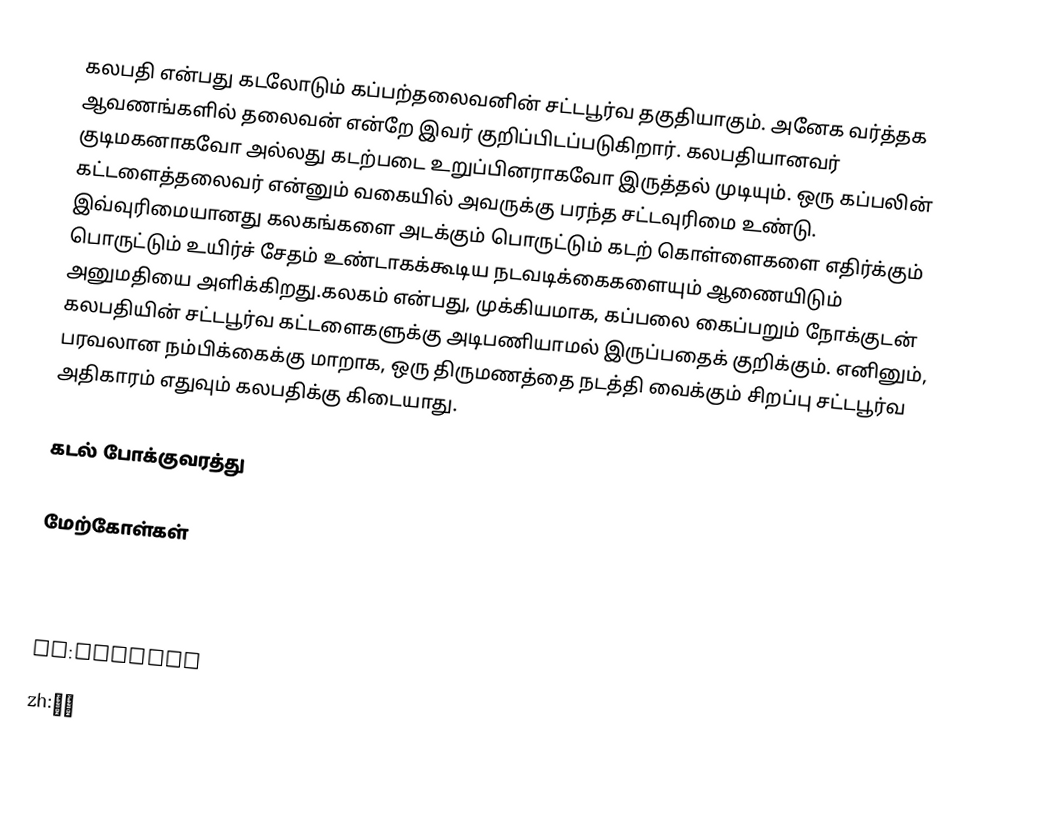
கலபதி என்பது கடலோடும் கப்பற்தலைவனின் சட்டபூர்வ தகுதியாகும். அனேக வர்த்தக ஆவணங்களில் தலைவன் என்றே இவர் குறிப்பிடப்படுகிறார். கலபதியானவர் குடிமகனாகவோ அல்லது கடற்படை உறுப்பினராகவோ இருத்தல் முடியும். ஒரு கப்பலின் கட்டளைத்தலைவர் என்னும் வகையில் அவருக்கு பரந்த சட்டவுரிமை உண்டு. இவ்வுரிமையானது கலகங்களை அடக்கும் பொருட்டும் கடற் கொள்ளைகளை எதிர்க்கும் பொருட்டும் உயிர்ச் சேதம் உண்டாகக்கூடிய நடவடிக்கைகளையும் ஆணையிடும் அனுமதியை அளிக்கிறது.கலகம் என்பது, முக்கியமாக, கப்பலை கைப்பறும் நோக்குடன் கலபதியின் சட்டபூர்வ கட்டளைகளுக்கு அடிபணியாமல் இருப்பதைக் குறிக்கும். எனினும், பரவலான நம்பிக்கைக்கு மாறாக, ஒரு திருமணத்தை நடத்தி வைக்கும் சிறப்பு சட்டபூர்வ அதிகாரம் எதுவும் கலபதிக்கு கிடையாது.

கடல் போக்குவரத்து

மேற்கோள்கள்

en:Captain#Nautical
no:Kaptein
pl:Kapitan
zh:上校